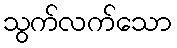
သွက်လက်သော